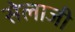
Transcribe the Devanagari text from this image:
सेलाजी